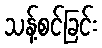
သန့်စင်ခြင်း